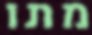
מתו